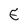
Character: E